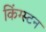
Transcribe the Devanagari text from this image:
किंग्‍स्‍टन